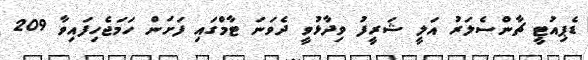
ޑެޕިއުޓީ ޗާންސެލަރު އަލީ ޝަރީފު ވިދާޅުވީ ދެވަނަ ޓާމްގައި ފަށަން ހަމަޖެހިފައިވާ 209